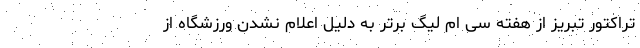
تراکتور تبریز از هفته سی ام لیگ برتر به دلیل اعلام نشدن ورزشگاه از